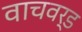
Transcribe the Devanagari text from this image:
वाचवर्ड